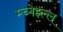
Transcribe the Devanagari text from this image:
म्च्नेइल्ल्